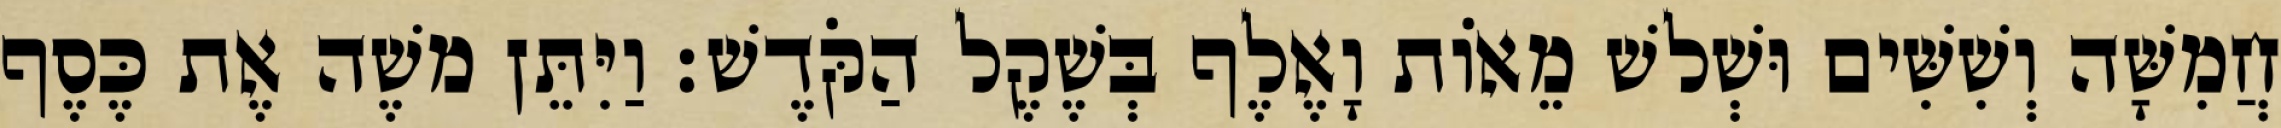
חֲמִשָּׁה וְשִׁשִּׁים וּשְׁלשׁ מֵאוֹת וָאֶלֶף בְּשֶׁקֶל הַקֹּדֶשׁ׃ וַיִּתֵּן משֶׁה אֶת כֶּסֶף